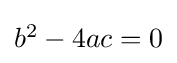
\textstyle b^{2}-4ac=0